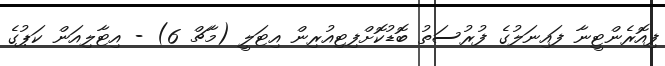
ފިއޮރެންޓީނާ ފައިނަލުގެ ފުރުސަތު ބޮޑުކޮށްފިޓިއުރިން އިޓަލީ (މާޗް 6) - އިޓާލިއަން ކަޕުގެ